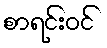
စာရင်းဝင်